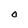
Character: 0